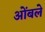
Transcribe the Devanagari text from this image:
ओंबले